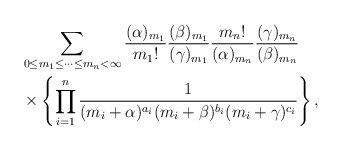
\begin{align*}\begin{aligned}&\sum_{0{\le}m_1{\le}\cdots{\le}m_n<\infty}\frac{(\alpha)_{m_1}}{{m_1}!}\frac{(\beta)_{m_1}}{(\gamma)_{m_1}}\frac{{m_n}!}{(\alpha)_{m_n}}\frac{(\gamma)_{m_{n}}}{(\beta)_{m_n}}\\&\times\left\{\prod_{i=1}^{n}\frac{1}{(m_i+\alpha)^{a_i}(m_i+\beta)^{b_i}(m_i+\gamma)^{c_i}}\right\},\end{aligned}\end{align*}